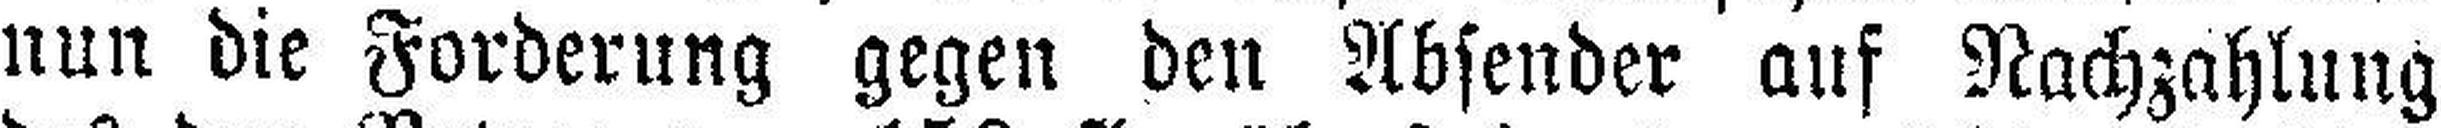
nun die Forderung gegen den Absender auf Nachzahlung